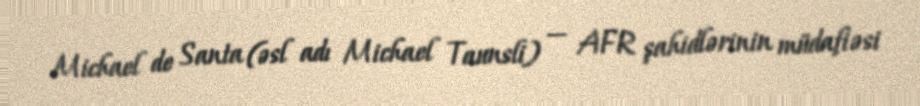
Michael de Santa (əsl adı Michael Taunsli) — AFR şahidlərinin müdafiəsi